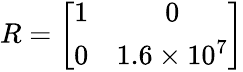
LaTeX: {R}=\left[\begin{array}{cc}{1}&{0}\\ {0}&{1.6\times 10^{7}}\end{array}\right]